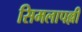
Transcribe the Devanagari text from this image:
सिमलापल्ली